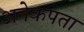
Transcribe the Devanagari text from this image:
अनेकपता